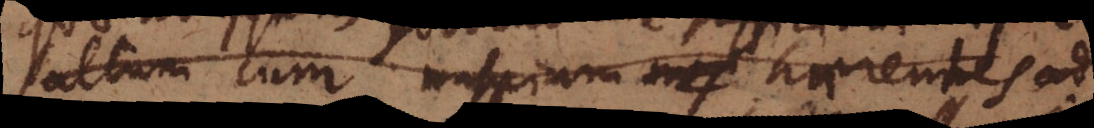
saltum cum nuspiam haerentes ad